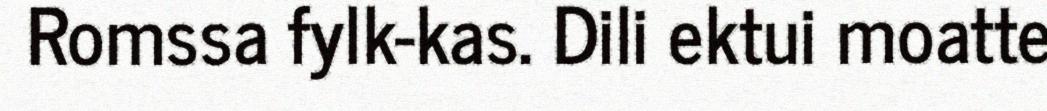
Romssa fylk-kas. Dili ektui moatte